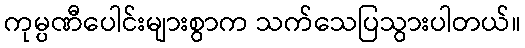
ကုမ္ပဏီပေါင်းများစွာက သက်သေပြသွားပါတယ်။